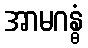
အာမဂန္ဓံ